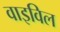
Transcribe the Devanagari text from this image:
वाइविल